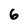
Character: 6